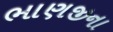
ભાણજીના